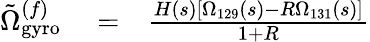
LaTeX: \begin{array}{rlr}{\tilde{\Omega}_{\mathrm{gyro}}^{(f)}}&{{}=}&{\frac{H(s)\left[\Omega_{129}(s)-R\Omega_{131}(s)\right]}{1+R}}\end{array}